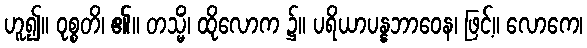
ဟူ၍။ ဝုစ္စတိ၊ ၏။ တသ္မိံ၊ ထိုလောက ၌။ ပရိယာပန္နဘာဝေန၊ ဖြင့်။ လောကေ၊